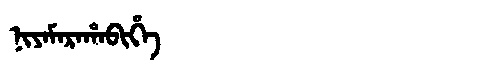
Manchu: ᠨᡳᠶᠠᠮᠠᡵᠠᡥᠠᠪᡳᡥᡝ
Romanization: NIYAMARAHABIHE